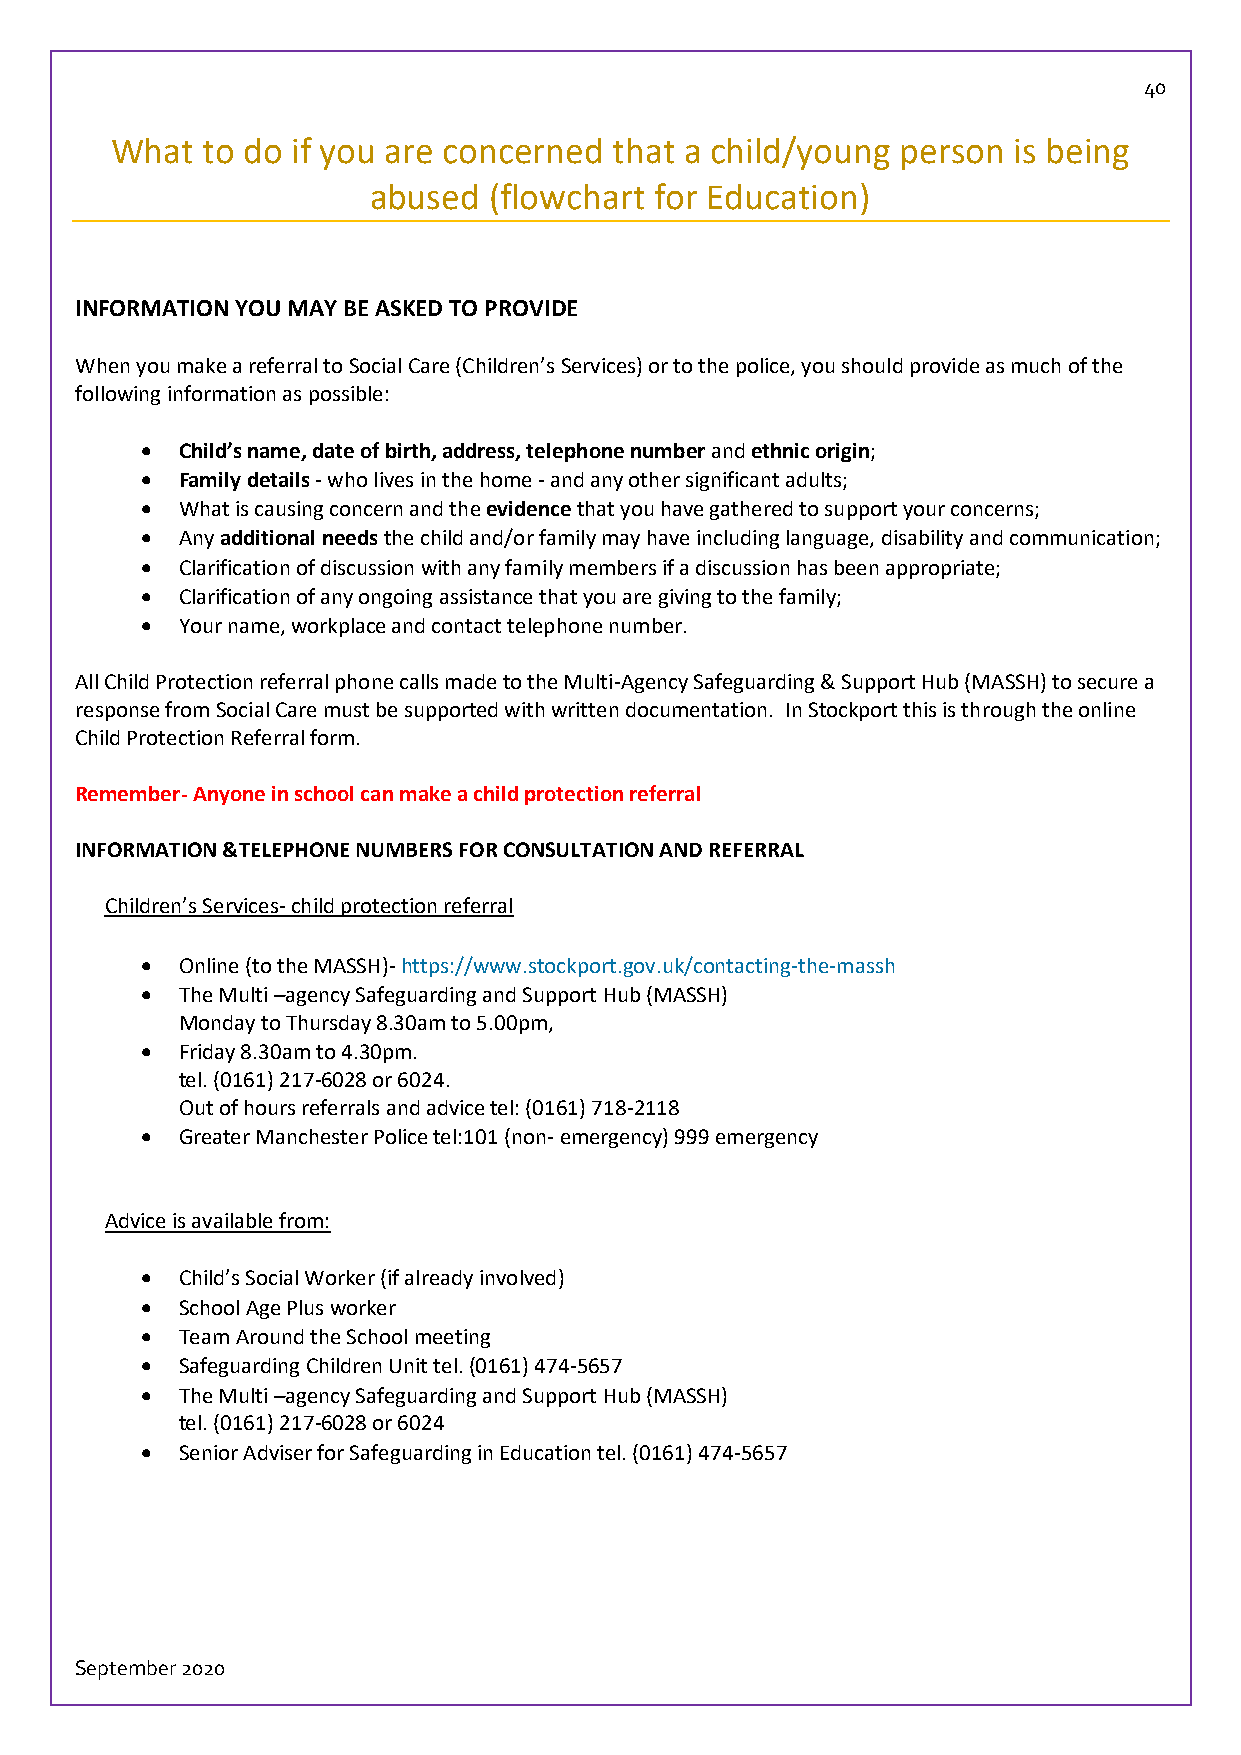
40
 What  to do if you are concerned  that a child/young person is being
 abused  (flowchart for Education)
 INFORMATION YOU MAY BE ASKED TO PROVIDE
 When you make a referral to Social Care (Children’s Services) or to the police, you should provide as much of the
 following information as possible:
   Child’s name, date of birth, address, telephone number and ethnic origin;
   Family details - who lives in the home - and any other significant adults;
   What is causing concern and the evidence that you have gathered to support your concerns;
   Any additional needs the child and/or family may have including language, disability and communication;
   Clarification of discussion with any family members if a discussion has been appropriate;
   Clarification of any ongoing assistance that you are giving to the family;
   Your name, workplace and contact telephone number.
 All Child Protection referral phone calls made to the Multi-Agency Safeguarding & Support Hub (MASSH) to secure a
 response from Social Care must be supported with written documentation. In Stockport this is through the online
 Child Protection Referral form.
 Remember- Anyone in school can make a child protection referral
 INFORMATION &TELEPHONE NUMBERS FOR CONSULTATION AND REFERRAL
 Children’s Services- child protection referral
   Online (to the MASSH)- https://www.stockport.gov.uk/contacting-the-massh
   The Multi –agency Safeguarding and Support Hub (MASSH)
 Monday to Thursday 8.30am to 5.00pm,
   Friday 8.30am to 4.30pm.
 tel. (0161) 217-6028 or 6024.
 Out of hours referrals and advice tel: (0161) 718-2118
   Greater Manchester Police tel:101 (non- emergency) 999 emergency
 Advice is available from:
   Child’s Social Worker (if already involved)
   School Age Plus worker
   Team Around the School meeting
   Safeguarding Children Unit tel. (0161) 474-5657
   The Multi –agency Safeguarding and Support Hub (MASSH)
 tel. (0161) 217-6028 or 6024
   Senior Adviser for Safeguarding in Education tel. (0161) 474-5657
 September 2020